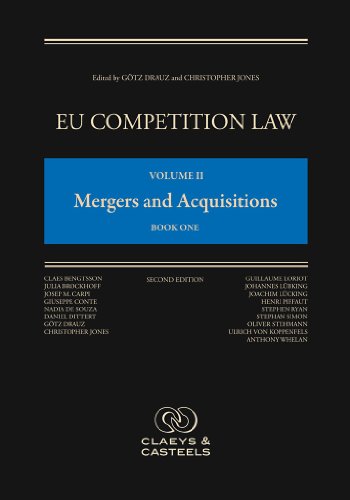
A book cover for EU Competition Law: Volume II, Mergers and Acquisitions (Second Edition); Law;